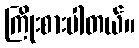
ကြိုးစားပါတယ်။